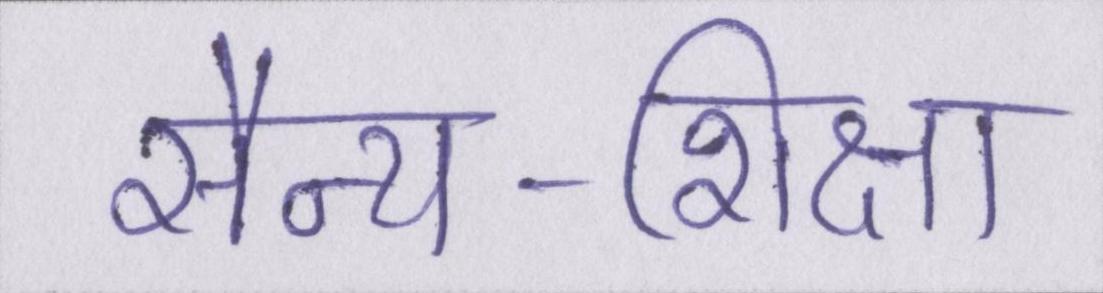
सैन्य-शिक्षा